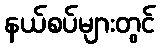
နယ်စပ်များတွင်